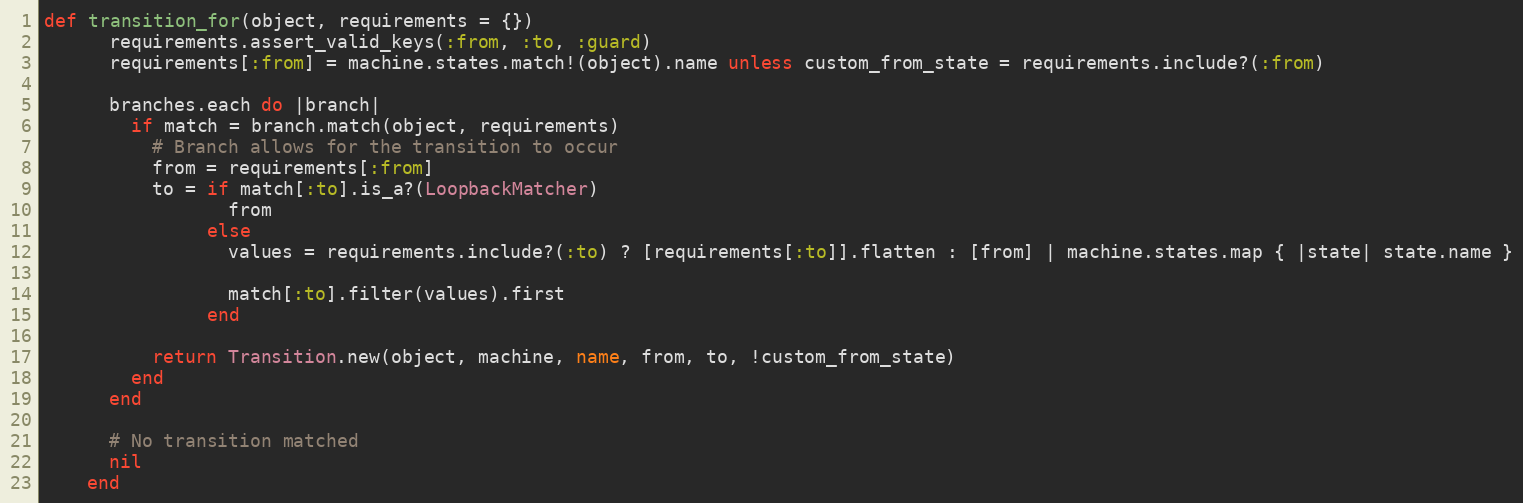
Language: Ruby
def transition_for(object, requirements = {})
      requirements.assert_valid_keys(:from, :to, :guard)
      requirements[:from] = machine.states.match!(object).name unless custom_from_state = requirements.include?(:from)

      branches.each do |branch|
        if match = branch.match(object, requirements)
          # Branch allows for the transition to occur
          from = requirements[:from]
          to = if match[:to].is_a?(LoopbackMatcher)
                 from
               else
                 values = requirements.include?(:to) ? [requirements[:to]].flatten : [from] | machine.states.map { |state| state.name }

                 match[:to].filter(values).first
               end

          return Transition.new(object, machine, name, from, to, !custom_from_state)
        end
      end

      # No transition matched
      nil
    end